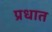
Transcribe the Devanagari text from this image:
प्रधात